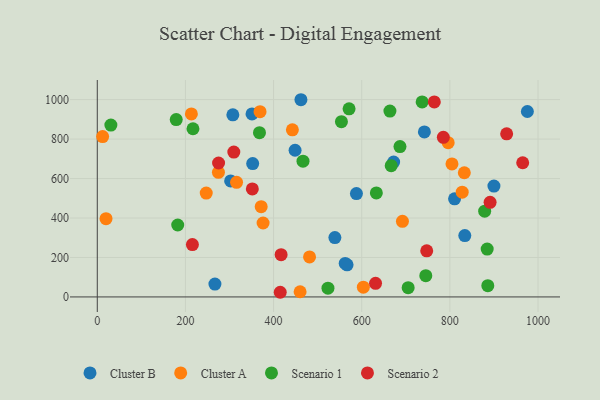
{"axis": {"x": "Ad Spend", "y": "Exam Score"}, "legend": ["Cluster A", "Cluster B", "Scenario 1", "Scenario 2"], "data": [{"x": "566.8", "y": 162.8, "type": "Cluster B"}, {"x": "975.9", "y": 939.8, "type": "Cluster B"}, {"x": "351.1", "y": 927.6, "type": "Cluster B"}, {"x": "448.8", "y": 743.4, "type": "Cluster B"}, {"x": "588.0", "y": 523.6, "type": "Cluster B"}, {"x": "462.1", "y": 999.5, "type": "Cluster B"}, {"x": "266.9", "y": 65.4, "type": "Cluster B"}, {"x": "900.0", "y": 562.0, "type": "Cluster B"}, {"x": "742.2", "y": 836.3, "type": "Cluster B"}, {"x": "352.6", "y": 675.9, "type": "Cluster B"}, {"x": "833.9", "y": 311.2, "type": "Cluster B"}, {"x": "672.4", "y": 683.4, "type": "Cluster B"}, {"x": "539.1", "y": 300.7, "type": "Cluster B"}, {"x": "562.5", "y": 169.9, "type": "Cluster B"}, {"x": "810.7", "y": 497.4, "type": "Cluster B"}, {"x": "307.6", "y": 923.0, "type": "Cluster B"}, {"x": "302.6", "y": 588.2, "type": "Cluster B"}, {"x": "19.8", "y": 396.6, "type": "Cluster A"}, {"x": "442.7", "y": 846.9, "type": "Cluster A"}, {"x": "692.4", "y": 383.4, "type": "Cluster A"}, {"x": "274.9", "y": 631.5, "type": "Cluster A"}, {"x": "12.1", "y": 812.9, "type": "Cluster A"}, {"x": "832.8", "y": 629.3, "type": "Cluster A"}, {"x": "796.2", "y": 781.8, "type": "Cluster A"}, {"x": "603.7", "y": 49.2, "type": "Cluster A"}, {"x": "828.0", "y": 530.7, "type": "Cluster A"}, {"x": "213.5", "y": 927.6, "type": "Cluster A"}, {"x": "371.9", "y": 457.2, "type": "Cluster A"}, {"x": "247.2", "y": 526.2, "type": "Cluster A"}, {"x": "376.2", "y": 374.8, "type": "Cluster A"}, {"x": "316.0", "y": 580.8, "type": "Cluster A"}, {"x": "369.3", "y": 939.1, "type": "Cluster A"}, {"x": "804.8", "y": 674.2, "type": "Cluster A"}, {"x": "460.2", "y": 26.3, "type": "Cluster A"}, {"x": "481.6", "y": 202.7, "type": "Cluster A"}, {"x": "666.9", "y": 665.1, "type": "Scenario 1"}, {"x": "886.1", "y": 56.9, "type": "Scenario 1"}, {"x": "179.1", "y": 898.8, "type": "Scenario 1"}, {"x": "182.5", "y": 364.6, "type": "Scenario 1"}, {"x": "633.2", "y": 526.9, "type": "Scenario 1"}, {"x": "745.4", "y": 107.6, "type": "Scenario 1"}, {"x": "523.4", "y": 44.2, "type": "Scenario 1"}, {"x": "30.8", "y": 871.1, "type": "Scenario 1"}, {"x": "368.0", "y": 832.3, "type": "Scenario 1"}, {"x": "571.3", "y": 953.3, "type": "Scenario 1"}, {"x": "705.4", "y": 46.7, "type": "Scenario 1"}, {"x": "664.0", "y": 942.2, "type": "Scenario 1"}, {"x": "884.7", "y": 242.8, "type": "Scenario 1"}, {"x": "686.8", "y": 762.3, "type": "Scenario 1"}, {"x": "466.8", "y": 688.3, "type": "Scenario 1"}, {"x": "879.0", "y": 434.5, "type": "Scenario 1"}, {"x": "554.0", "y": 888.0, "type": "Scenario 1"}, {"x": "217.1", "y": 852.3, "type": "Scenario 1"}, {"x": "737.1", "y": 988.2, "type": "Scenario 1"}, {"x": "764.7", "y": 988.1, "type": "Scenario 2"}, {"x": "785.2", "y": 809.1, "type": "Scenario 2"}, {"x": "275.2", "y": 678.8, "type": "Scenario 2"}, {"x": "417.1", "y": 214.0, "type": "Scenario 2"}, {"x": "415.1", "y": 23.6, "type": "Scenario 2"}, {"x": "891.3", "y": 479.4, "type": "Scenario 2"}, {"x": "215.8", "y": 265.2, "type": "Scenario 2"}, {"x": "965.3", "y": 680.1, "type": "Scenario 2"}, {"x": "928.9", "y": 826.5, "type": "Scenario 2"}, {"x": "351.8", "y": 547.4, "type": "Scenario 2"}, {"x": "631.4", "y": 69.1, "type": "Scenario 2"}, {"x": "309.8", "y": 734.1, "type": "Scenario 2"}, {"x": "747.5", "y": 233.6, "type": "Scenario 2"}]}